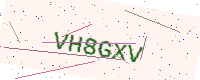
Text: VH8GXV